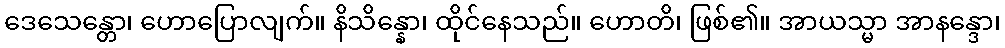
ဒေသေန္တော၊ ဟောပြောလျက်။ နိသိန္နော၊ ထိုင်နေသည်။ ဟောတိ၊ ဖြစ်၏။ အာယသ္မာ အာနန္ဒော၊